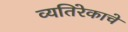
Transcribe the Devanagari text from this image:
व्यतिरेकाचे